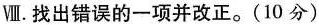
Ⅷ.找出错误的一项并改正。(10分)